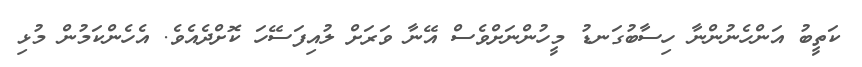
ކަތީބު އަންހެނުންނާ ހިސާބުގަނޑު މީހުންނަށްވެސް އޭނާ ވަރަށް ލުއިފަސޭހަ ކޮށްދެއެވެ. އެހެންކަމުން މުޅި